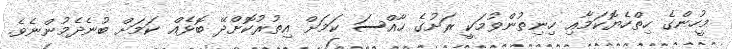
މީހުންގެ ހިތްހެޔޮކަމާއި ހިނިތުންވުމަކީ ރަށުގެ ހާއްސަ ކަމަށް އިތުރުކޮށްދޭ ބޮޅެއް ކަމަށް ބުނެދެމުންނެވެ.